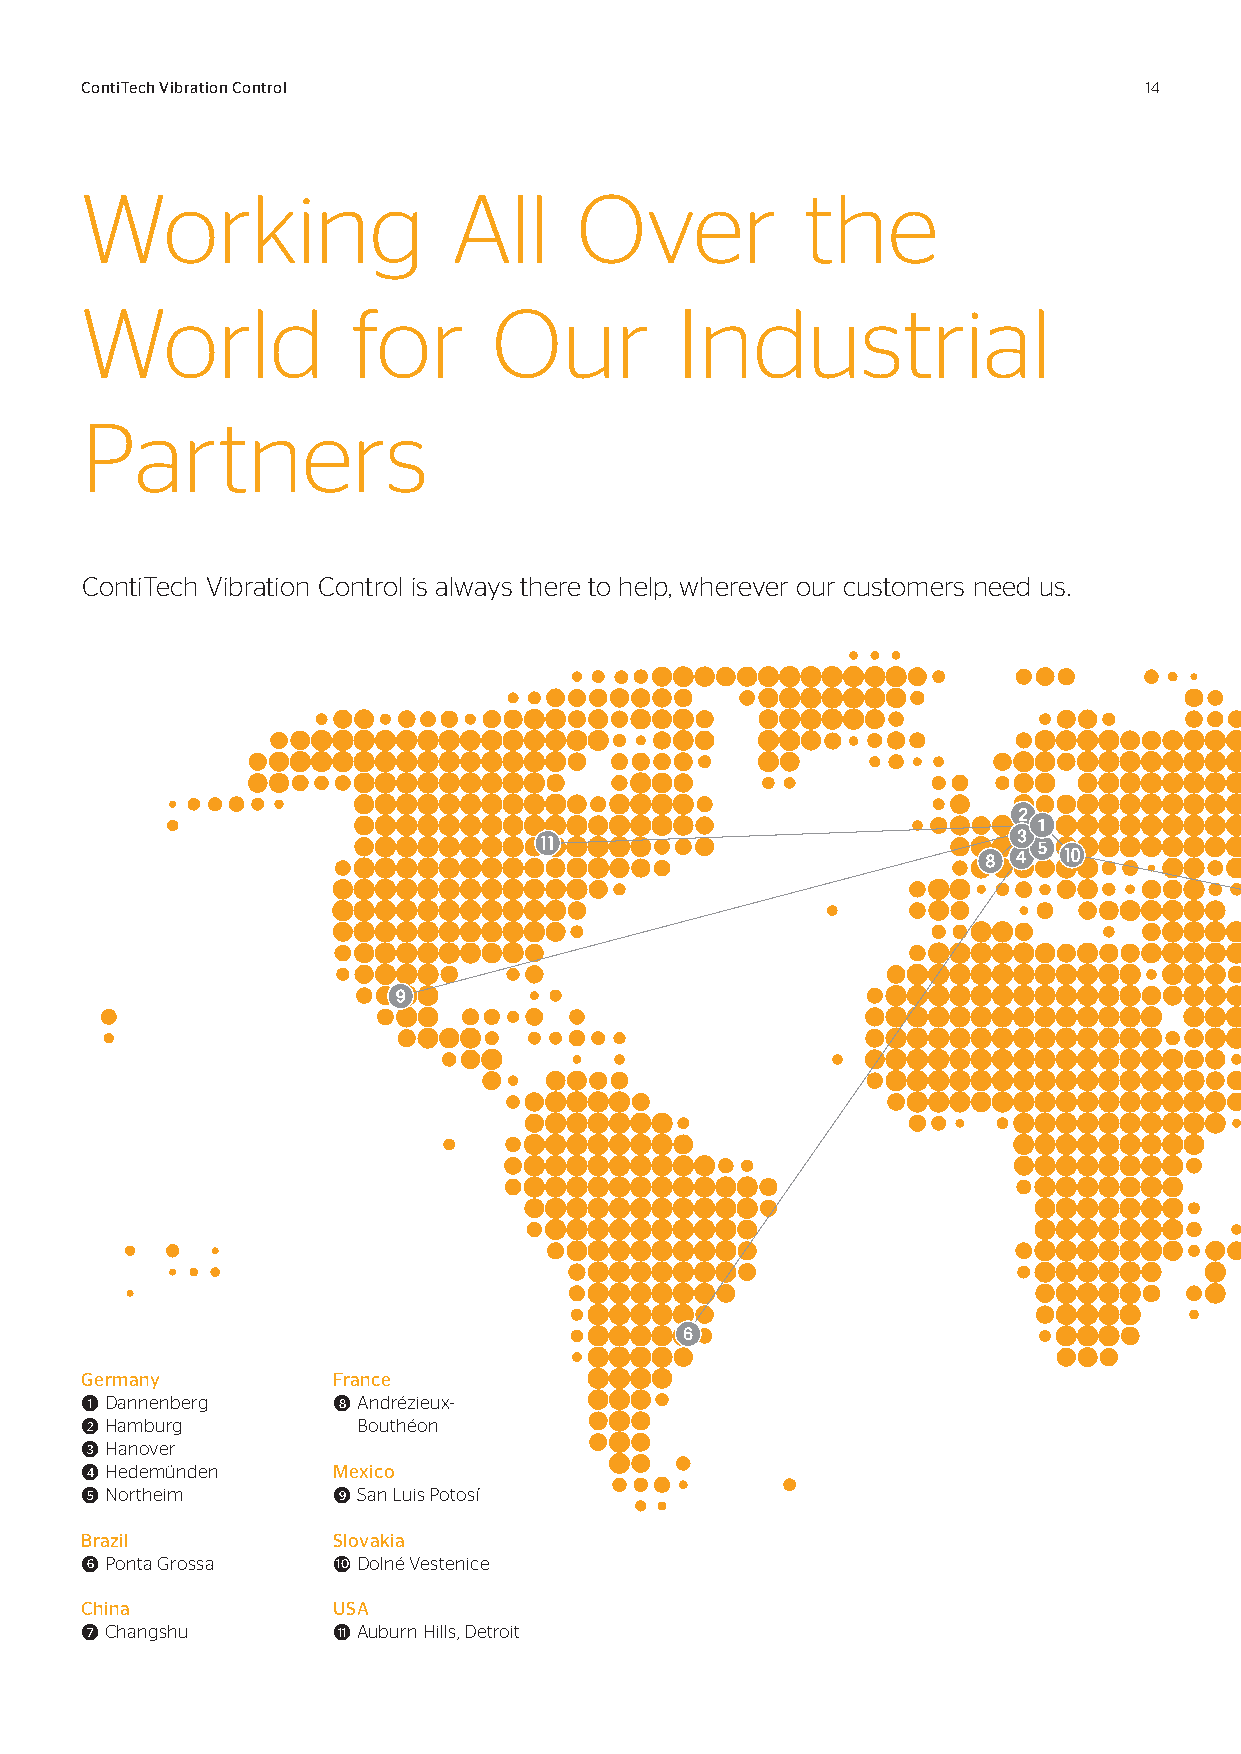
ContiTech Vibration Control                                            14
 Working                  All     Over           the
 World             for       Our         Industrial
 Partners
 ContiTech Vibration Control is always there to help, wherever our customers need us.
 Germany          France
 ●1 Dannenberg    ●8 A ndrézieux-
 ●2 Hamburg         Bouthéon
 ●3 Hanover
 ● 4 Hedemünden   Mexico
 ● 5 Northeim     ● 9 San Luis Potosí
 Brazil           Slovakia
 ●6 Ponta Grossa  ●10 Dolné Vestenice
 China            USA
 ● 7 Changshu     ● 11 Auburn Hills, Detroit